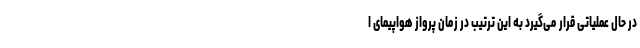
در حال عملیاتی قرار می‌گیرد به این ترتیب در زمان پرواز هواپیمای ا